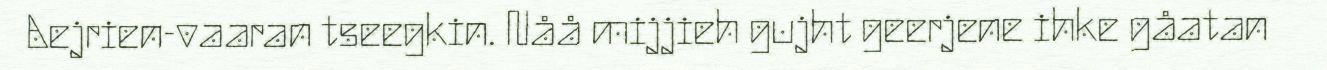
Aejrien-vaaran tseegkin. Nåå mijjieh gujht geerjene ihke gåatan